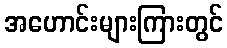
အဟောင်းများကြားတွင်